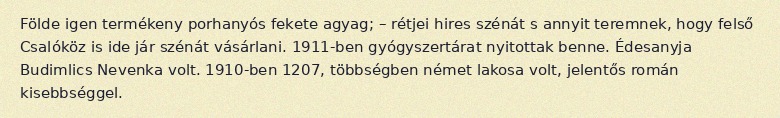
Földe igen termékeny porhanyós fekete agyag; – rétjei hires szénát s annyit teremnek, hogy felső Csalóköz is ide jár szénát vásárlani. 1911-ben gyógyszertárat nyitottak benne. Édesanyja Budimlics Nevenka volt. 1910-ben 1207, többségben német lakosa volt, jelentős román kisebbséggel.